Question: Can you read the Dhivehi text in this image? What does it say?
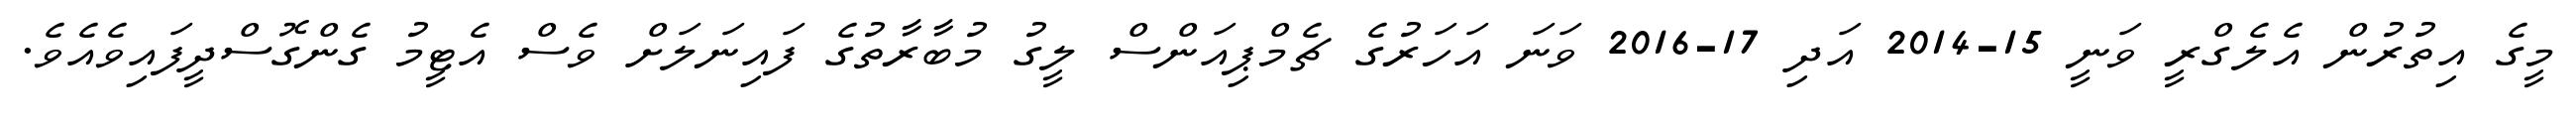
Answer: މީގެ އިތުރުން އެލެގްރީ ވަނީ 15-2014 އަދި 17-2016 ވަނަ އަހަރުގެ ޗެމްޕިއަންސް ލީގު މުބާރާތުގެ ފައިނަލަށް ވެސް އެޓީމު ގެންގޮސްދީފައިވެއެވެ.